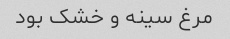
مرغ سینه و خشک بود